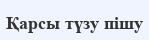
Қарсы түзу пішу